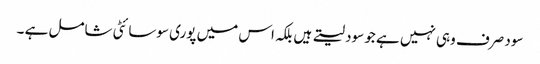
سود صرف وہی نہیں ہے جو سود لیتے ہیں بلکہ اس میں پوری سوسائٹی شامل ہے ۔